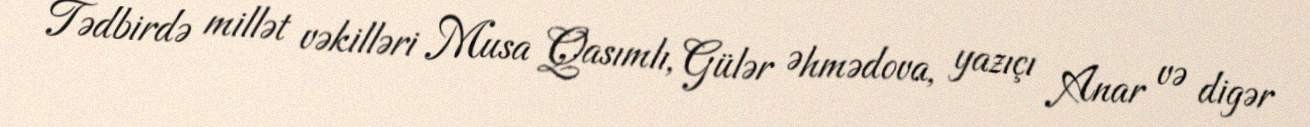
Tədbirdə millət vəkilləri Musa Qasımlı, Gülər Əhmədova, yazıçı Anar və digər